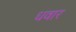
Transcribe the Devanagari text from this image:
धवार